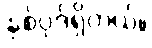
နှစ်ပုဒ်ရှိတယ်။